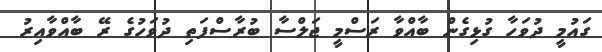
ގައުމީ ދުވަހާ ގުޅިގެން ބާއްވާ ރަސްމީ ޖަލްސާ ބުރާސްފަތި ދުވަހުގެ ރޭ ބާއްވާއިރު